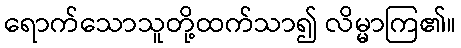
ရောက်သောသူတို့ထက်သာ၍ လိမ္မာကြ၏။